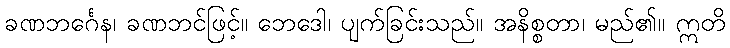
ခဏဘင်္ဂေန၊ ခဏဘင်ဖြင့်။ ဘေဒေါ၊ ပျက်ခြင်းသည်။ အနိစ္စတာ၊ မည်၏။ ဣတိ